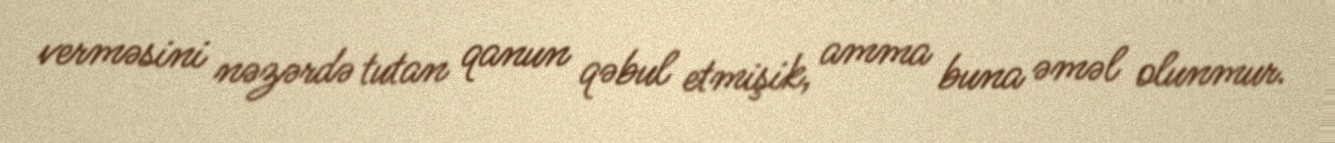
verməsini nəzərdə tutan qanun qəbul etmişik, amma buna əməl olunmur.